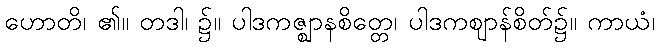
ဟောတိ၊ ၏။ တဒါ၊ ၌။ ပါဒကဇ္ဈာနစိတ္တေ၊ ပါဒကဈာန်စိတ်၌။ ကာယံ၊